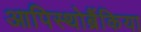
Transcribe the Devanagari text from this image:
आपिस्थोब्रैंकिया